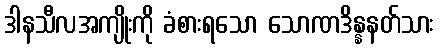
ဒါနသီလအကျိုးကို ခံစားရသော သောဏဒိန္နနတ်သား